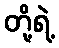
တို့ရဲ့